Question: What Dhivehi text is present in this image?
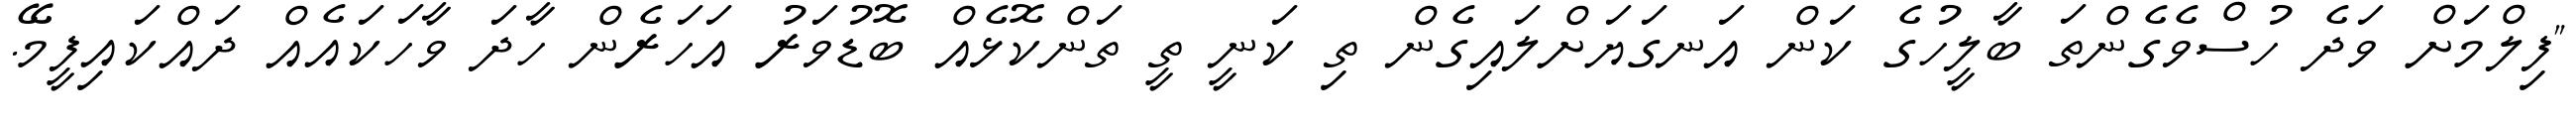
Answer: "ފިލްމަށް ވަދެ ހުސްވެގެންތަ ބާލީހުގެ ކަން އަނގަޔަށްލައިގެން ތި ކަނީ ތީ ތަންކޮޅެއް ބޮޑުވަރު އަހަރެން ހާދަ ވާހަކައެއް ދައްކައިފީމޭ.